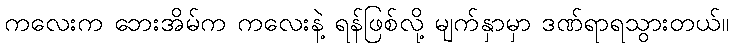
ကလေးက ဘေးအိမ်က ကလေးနဲ့ ရန်ဖြစ်လို့ မျက်နှာမှာ ဒဏ်ရာရသွားတယ်။